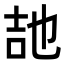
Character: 𭇠